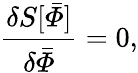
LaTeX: {\frac{\delta S[\bar{\mit\Phi}]}{\delta\bar{\mit\Phi}}}=0,